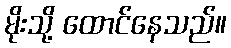
မိုးသို့ ထောင်နေသည်။